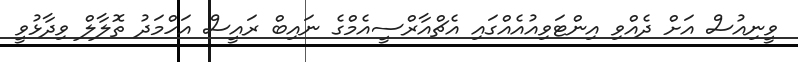
ވީނިއުސް އަށް ދެއްވި އިންޓަވިއުއެއްގައި އެޗްއާރްސީއެމްގެ ނައިބް ރައީސް އަހްމަދު ތޮލާލް ވިދާޅުވީ